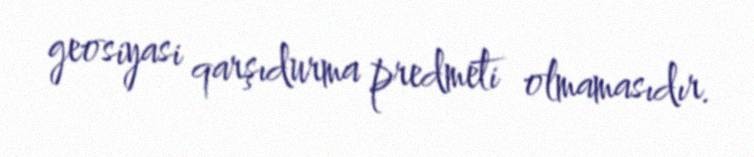
geosiyasi qarşıdurma predmeti olmamasıdır.